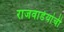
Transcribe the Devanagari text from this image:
राजवाडेयांची